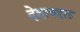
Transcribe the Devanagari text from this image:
देहाबद्दल